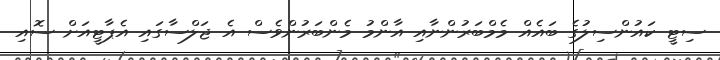
ސިޓީ ކައުންސިލުގެ ބައެއް މެމްބަރުންނާއި އާންމު މެންބަރުންވެސް އެ ޖަލްސާގައި އެޕާޓީއަށް ސޮއި